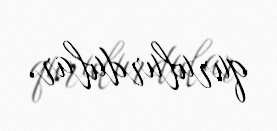
qurulurdular.